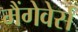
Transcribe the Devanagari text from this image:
मैंगेवेर्स